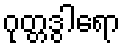
ဂုတ္တဒွါရော